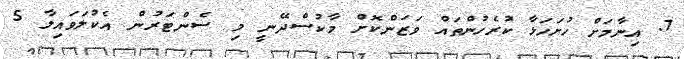
7. އިނާމަށް ހުށަހަޅާ ކުރެހުންތައް ވަޒަންކޮށް މާކުސްދޭނީ މި ސެންޓަރުން އެކުލަވައިލާ 5